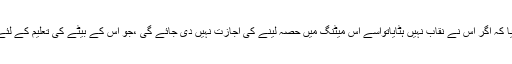
اسے انتباہ دیا گیا کہ اگر اس نے نقاب نہیں ہٹایاتواسے اس میٹنگ میں حصہ لینے کی اجازت نہیں دی جائے گی ،جو اس کے بیٹے کی تعلیم کے لئے ضروری ہے۔